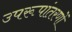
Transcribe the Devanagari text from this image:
उपरूपांतरणों